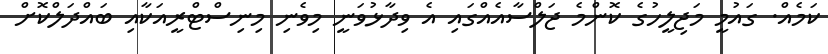
ކަމެއް. ގައުމީ މަޖިލީހުގެ ކޮންމެ ޖަލްސާއެއްގައި އެ ވިދާޅުވަނީ މިވެނި މިނިސްޓްރީއަކާއި ބައްދަލްކޮށް